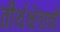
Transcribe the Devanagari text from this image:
तीर्थक्षेत्राची